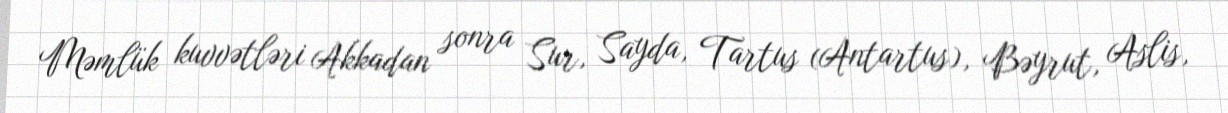
Məmlük kuvvətləri Akkadan sonra Sur, Sayda, Tartus (Antartus), Bəyrut, Aslis,